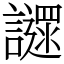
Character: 䜚